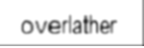
overlather